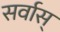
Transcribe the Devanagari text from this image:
सर्वास्‌